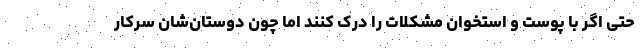
حتی اگر با پوست و استخوان مشکلات را درک کنند اما چون دوستان‌شان سرکار